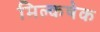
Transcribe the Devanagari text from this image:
मिल्कषेक